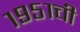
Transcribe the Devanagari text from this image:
१९५१ची